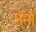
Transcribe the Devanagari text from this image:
मनौ